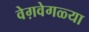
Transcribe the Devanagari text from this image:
वेग़वेगळ्या